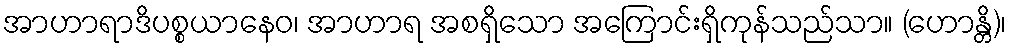
အာဟာရာဒိပစ္စယာနေဝ၊ အာဟာရ အစရှိသော အကြောင်းရှိကုန်သည်သာ။ (ဟောန္တိ)၊